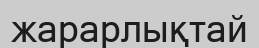
жарарлықтай